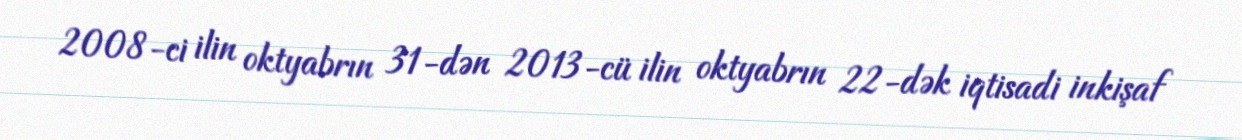
2008-ci ilin oktyabrın 31-dən 2013-cü ilin oktyabrın 22-dək iqtisadi inkişaf